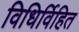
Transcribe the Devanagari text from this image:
विधिर्विहित